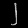
Digit: ၂